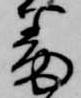
番